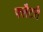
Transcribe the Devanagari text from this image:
फ्लैटरी